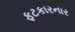
ફટકારનાર